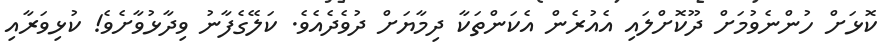
ކޮޅަށް ހުންނެވުމަށް ދޫކޮށްލައި އެއުރެން އެކަންތަކާ ދިމާޔަށް ދުވެދެއެވެ. ކަލޭގެފާނު ވިދާޅުވާށެވެ! ކުޅިވަރާއި